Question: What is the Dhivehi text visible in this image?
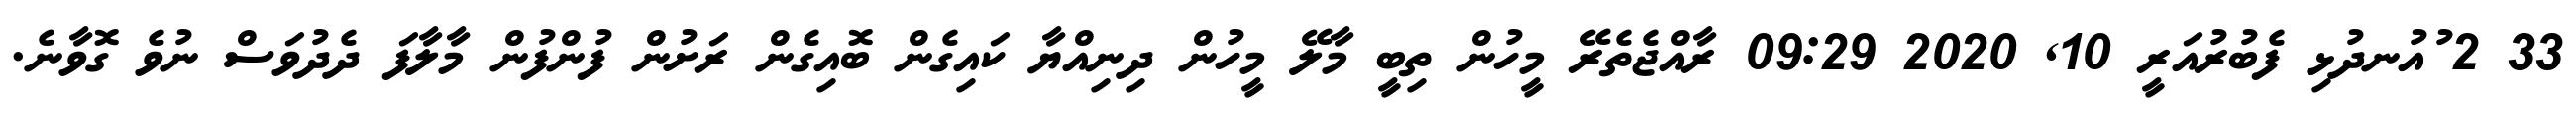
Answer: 33 2 ުއުނދުޅި ފެބުރުއަރީ 10, 2020 09:29 ރާއްޖެތެރޭ މީހުން ތިބީ މާލޭ މީހުން ދިނިއްޔާ ކައިގެން ބޮއިގެން ރަށުން ފުންފުން މާލާފަ ދެދުވަސް ނުވެ ގޮވާނެ.